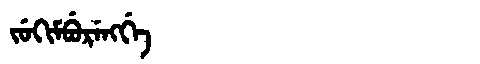
Manchu: ᠵᡠᡴᡳᠮᠪᡠᡵᡝᠩᡤᡝ
Romanization: JUKIMBURENGGE